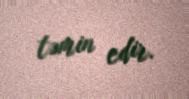
təmin edir.